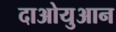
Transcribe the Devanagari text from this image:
दाओयुआन